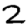
Digit: 2